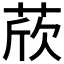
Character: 𦲽